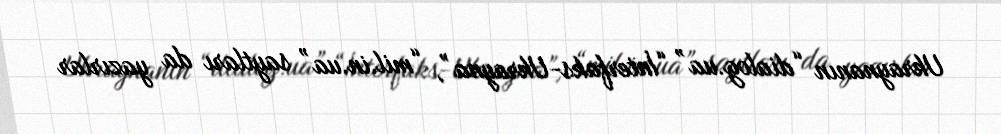
Ukraynanın “dialog.ua” “İnterfaks-Ukrayna”, “mil.in.ua” saytları da yazırlar